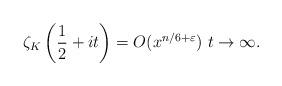
LaTeX: \begin{align*}\zeta_K\left(\frac12+it\right)=O(x^{n/6+\varepsilon})\ t\rightarrow\infty.\end{align*}